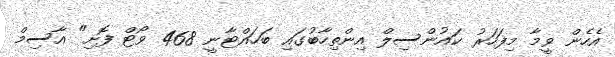
އެހެން ވީމާ މިފަހަރު ކައުންސިލް އިންތިހާބުގައި ބަހައްޓާނީ 468 ވޯޓް ފޮށި" އާސިމް